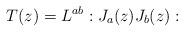
LaTeX: \begin{align*}T(z)=L^{ab}:J_a(z) J_b(z): \end{align*}